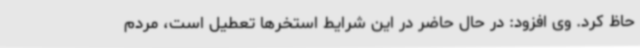
حاظ کرد. وی افزود: در حال حاضر در این شرایط استخرها تعطیل است، مردم